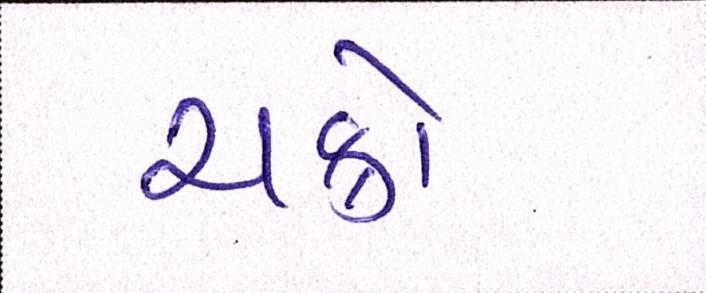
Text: ચક્રો